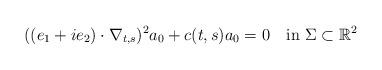
LaTeX: \begin{align*} (( e_1+ ie_2)\cdot \nabla_{t,s})^2a_0 + c(t,s)a_0=0 \quad\mbox{in }\Sigma\subset\mathbb{R}^2\end{align*}